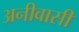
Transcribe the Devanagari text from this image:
अनीवासी